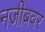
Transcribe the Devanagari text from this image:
नजीबवर